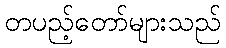
တပည့်တော်များသည်